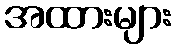
အထားများ